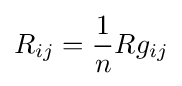
R_{ij}={\frac {1}{n}}Rg_{ij}